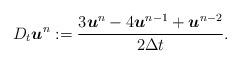
LaTeX: \begin{align*} D_t \boldsymbol{u}^n:=\frac{3 \boldsymbol{u}^n-4\boldsymbol{u}^{n-1}+\boldsymbol{u}^{n-2}}{2 \Delta t}.\end{align*}